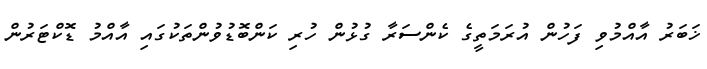
ޚަބަރު އާއްމުވި ފަހުން އުރަމަތީގެ ކެންސަރާ ގުޅުން ހުރި ކަންބޮޑުވުންތަކުގައި އާއްމު ޑޮކްޓަރުން